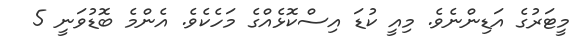
މީޓަރުގެ އަޑިންނެވެ. މިއީ ކުޑަ އިސްކޮޅެއްގެ މަހެކެވެ. އެންމެ ބޮޑުވަނީ 5